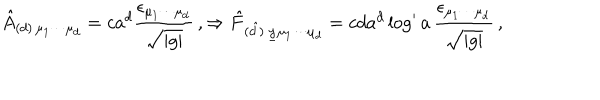
\hat { A } _ { ( d ) \, \mu _ { 1 } \cdots \mu _ { d } } = c a ^ { d } \frac { \epsilon _ { \mu _ { 1 } \cdots \mu _ { d } } } { \sqrt { | g | } } \, , \Rightarrow \hat { F } _ { ( \hat { d } ) \, \underline { { { y } } } \mu _ { 1 } \cdots \mu _ { d } } = c d a ^ { d } \log ^ { \prime } { a } \, \frac { \epsilon _ { \mu _ { 1 } \cdots \mu _ { d } } } { \sqrt { | g | } } \, ,